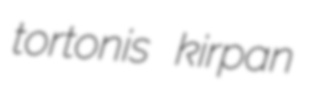
tortonis kirpan